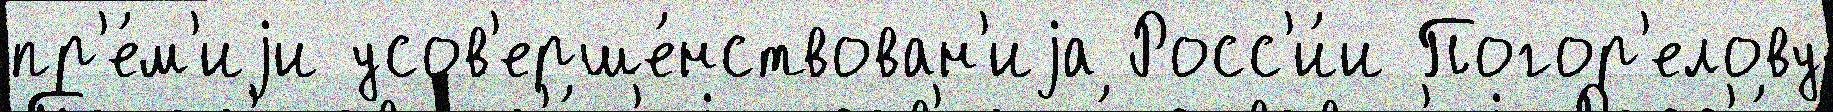
пр'е́м'иjи усов'ерше́нствован'иjа Росс'и́и Погор'елову